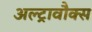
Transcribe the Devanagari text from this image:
अल्ट्रावौक्स